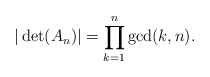
\begin{align*} |\det(A_n)| = \prod_{k=1}^n \gcd(k, n).\end{align*}